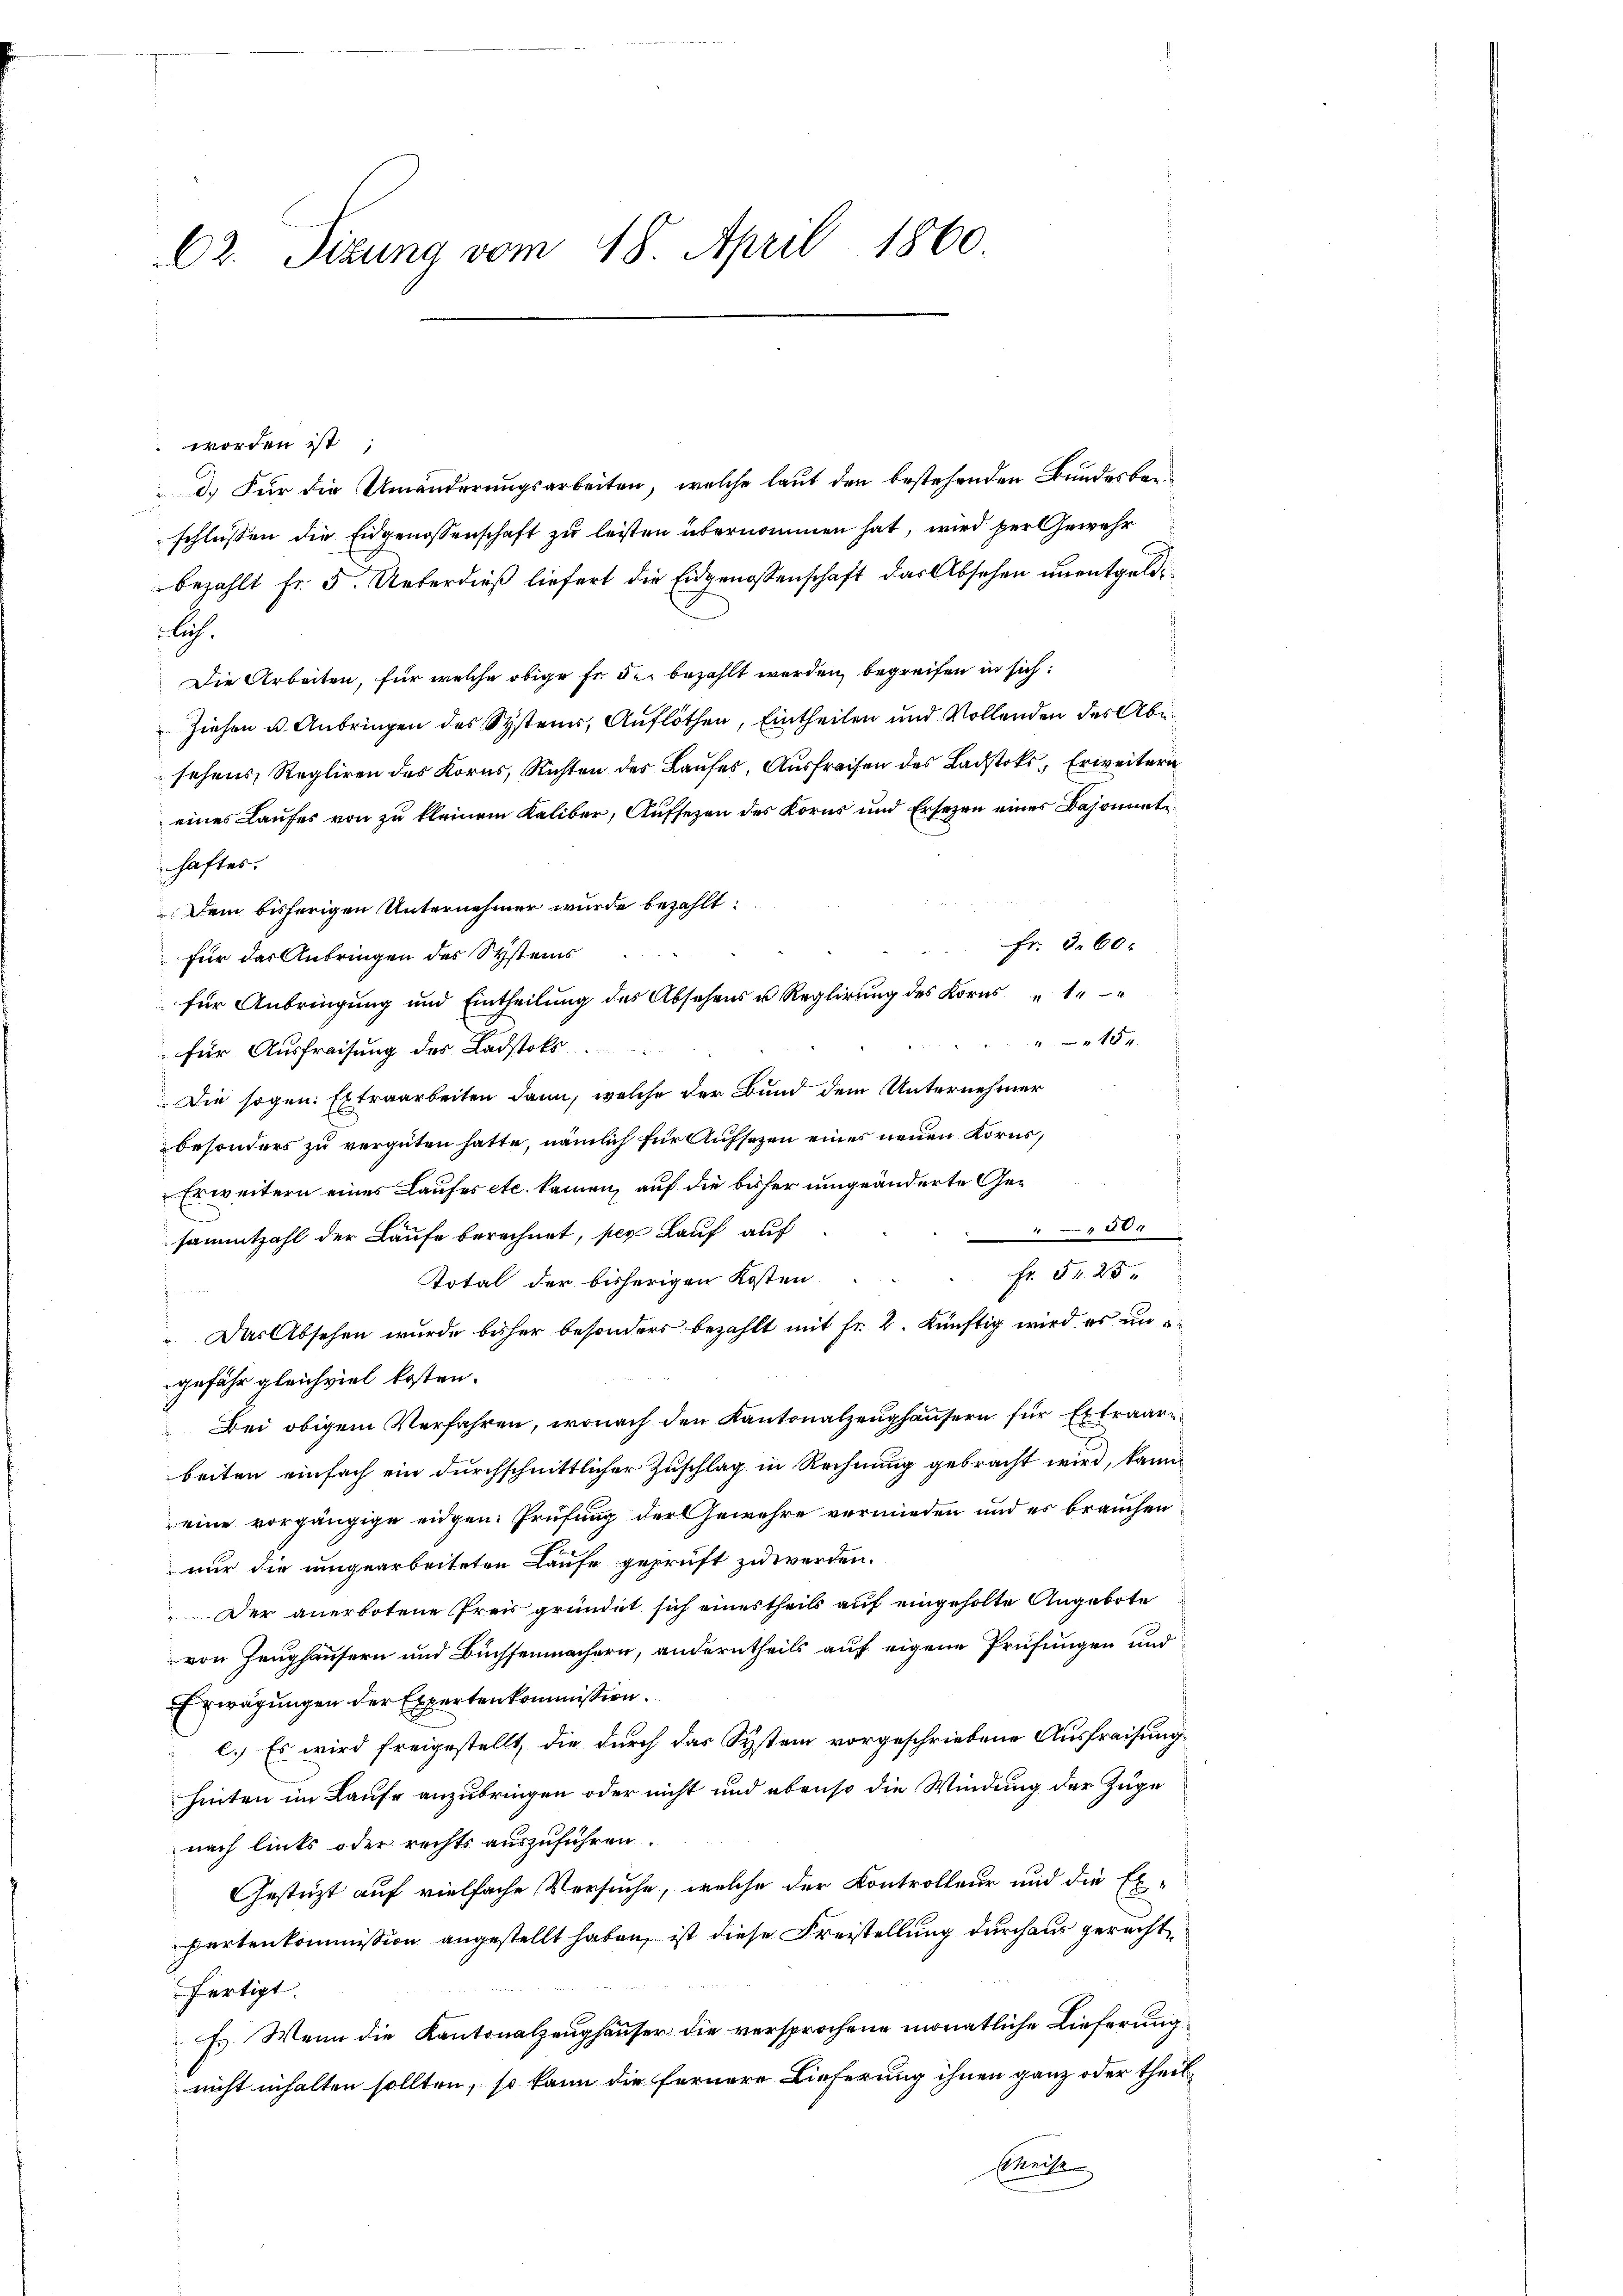
C2. Sizung vom 18. April 1860.

worden ist;
d.) Für die Umänderungsarbeiten, welche laut den bestehenden Bundesberschlüssen die Eidgenossenschaft zu leisten übernommen hat, wird der Gewehr
bezahlt fr. 5. Ueberdieß liefert die Eidgenossenschaft das Absehen unentgeldlich.
Die Arbeiten, für welche obige Fr. der bezahlt werden, begreifen in sich:
Ziehen u. Anbringen des Systeme, Auflöthen, Eintheilen und Vollenden des Abe
sehens, Regliren des Korns, Richten des Laufes, Ausfraisen des Ladstoks, Erweitern
eines Laufes von zu kleinem Kaliber, Aufsezen des Korns und Ersezen eines Besonnete
haftes.
Dem bisherigen Unternehmer wurde bezahlt:
Fr. 360.
für das Anbringen des Systeins
für Anbringung und Eintheilung des Absehens u. Reglirung des Korns 1
15 x
für Ausfreisung des Ladstoks
Die sogen: Extraarbeiten dann, welche der Bund dem Unternehmer
besonders zu vergüten hatte, nämlich für Aufsezen eines neuen Korns,
Erweitern eines Laufes etc. kamen, auf die bisher umgeänderte Ge¬
800
sammtzahl der Laufe berechnet, per Lauf auf
Fr. 54. 25
Total der bisherigen Kosten
Das Absehen wurde bisher besonders bezahlt mit fr. 2. Künftig wird es ungefähr gleichviel kosten.
Bei obigem Verfahren, wonach den Kantonalzeughäusern für Extraarbeiten einfach ein durchschnittlicher Zuschlag in Rechnung gebracht wird, kann
eine vorgängige eidgen. Prüfung der Gewehre vermieden und es brauchen
nur die umgearbeiteten Laufe geprüft zu werden.
Der anerbotene Preis gründet sich einestheils auf eingeholte Angebote
von Zeughäusern und Büchsenmachern, anderntheils auf eigene Prüfungen und
Erwägungen der Expertenkommission.
c.) Es wird freigestellt, die durch das System vorgeschriebene Ausfraisung
hinten im Laufe anzubringen oder nicht und ebenso die Windung der Züge
nach links oder rechts auszuführen.
Gestützt auf vielfache Versuche, welche der Kontrolleur und die Ex-
partenkommission angestellt haben, ist diese Freistellung durchaus gerechtfertigt.
E. Wenn die Kantonalzeughäuser die versprochene monatliche Lieferung
nicht inhalten sollten, so kann die fernere Lieferung ihnen ganz oder theil¬
Meche